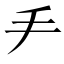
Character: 龵